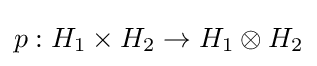
p:H_{1}\times H_{2}\to H_{1}\otimes H_{2}